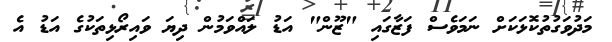
މަދުވަގުތުކޮޅަކަށް ނަމަވެސް ފަޒާގައި "ޒޫން" އަޑު ލައްވަމުން ދިޔަ ވައިރޯޅިތަކުގެ އަޑު އެ